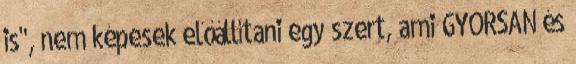
is", nem képesek előállítani egy szert, ami GYORSAN és